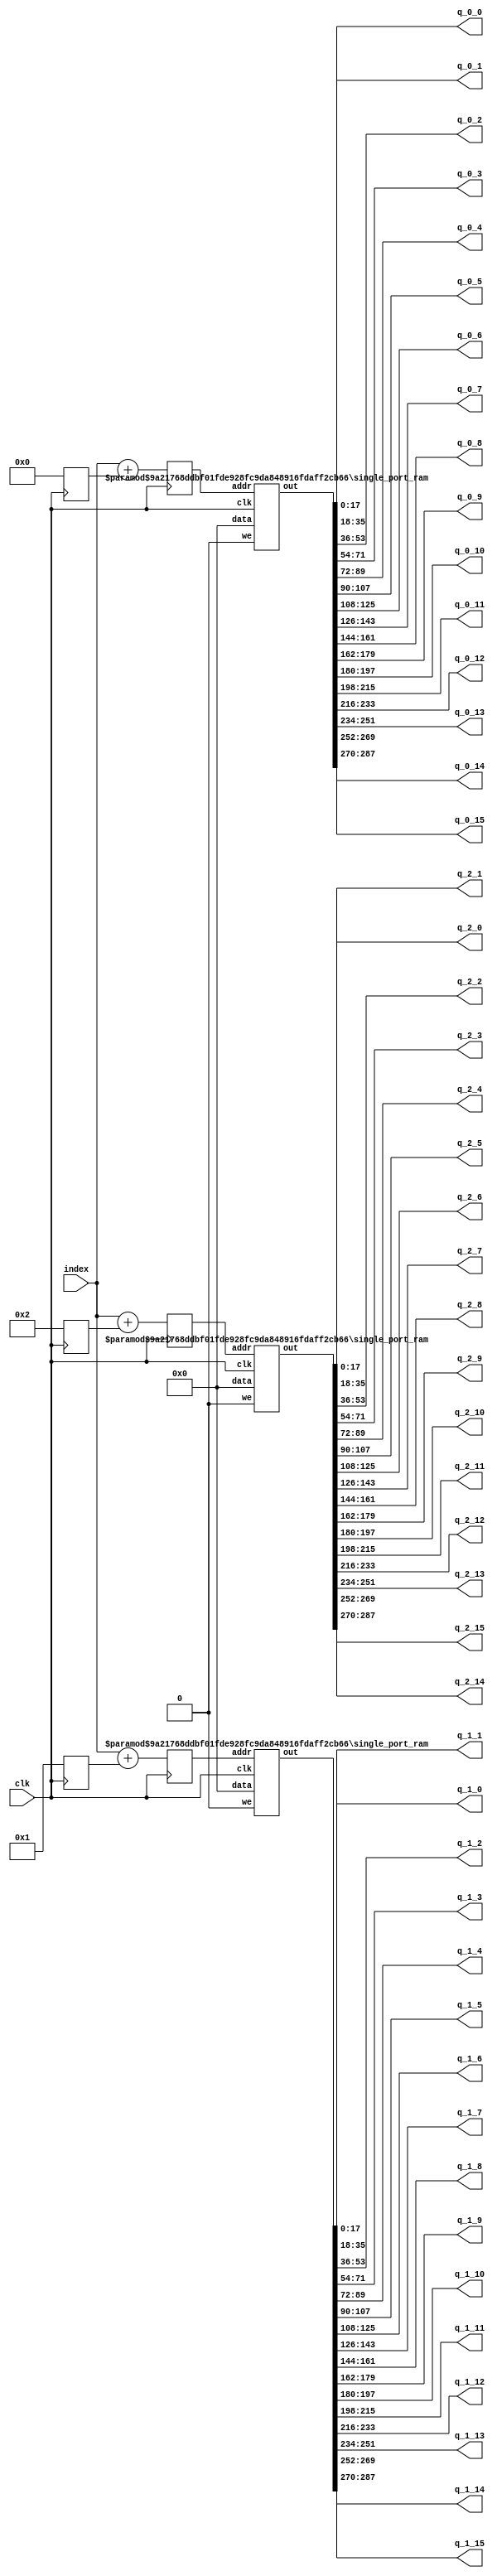
`define SIMULATION_MEMORY

module weight_buffer_18_16_3_64_bi_0 (
	input clk,
	output [17:0] q_0_0,
	output [17:0] q_0_1,
	output [17:0] q_0_2,
	output [17:0] q_0_3,
	output [17:0] q_0_4,
	output [17:0] q_0_5,
	output [17:0] q_0_6,
	output [17:0] q_0_7,
	output [17:0] q_0_8,
	output [17:0] q_0_9,
	output [17:0] q_0_10,
	output [17:0] q_0_11,
	output [17:0] q_0_12,
	output [17:0] q_0_13,
	output [17:0] q_0_14,
	output [17:0] q_0_15,
	output [17:0] q_1_0,
	output [17:0] q_1_1,
	output [17:0] q_1_2,
	output [17:0] q_1_3,
	output [17:0] q_1_4,
	output [17:0] q_1_5,
	output [17:0] q_1_6,
	output [17:0] q_1_7,
	output [17:0] q_1_8,
	output [17:0] q_1_9,
	output [17:0] q_1_10,
	output [17:0] q_1_11,
	output [17:0] q_1_12,
	output [17:0] q_1_13,
	output [17:0] q_1_14,
	output [17:0] q_1_15,
	output [17:0] q_2_0,
	output [17:0] q_2_1,
	output [17:0] q_2_2,
	output [17:0] q_2_3,
	output [17:0] q_2_4,
	output [17:0] q_2_5,
	output [17:0] q_2_6,
	output [17:0] q_2_7,
	output [17:0] q_2_8,
	output [17:0] q_2_9,
	output [17:0] q_2_10,
	output [17:0] q_2_11,
	output [17:0] q_2_12,
	output [17:0] q_2_13,
	output [17:0] q_2_14,
	output [17:0] q_2_15,
	input [5:0] index
);

wire [287:0] packed_result_0;
reg [5:0] addrs_0;
reg [5:0] addrs_base_0;
wire [287:0] packed_result_1;
reg [5:0] addrs_1;
reg [5:0] addrs_base_1;
wire [287:0] packed_result_2;
reg [5:0] addrs_2;
reg [5:0] addrs_base_2;

always @ (posedge clk) begin
	addrs_base_0 <= 0;
	addrs_base_1 <= 1;
	addrs_base_2 <= 2;
	addrs_0 <= index + addrs_base_0;
	addrs_1 <= index + addrs_base_1;
	addrs_2 <= index + addrs_base_2;
end

wire rom_we;
assign rom_we = 1'b0;

`ifdef SIMULATION_MEMORY 
defparam ram_inst_0.DATA_WIDTH = 288;
defparam ram_inst_0.ADDR_WIDTH = 6;
defparam ram_inst_1.DATA_WIDTH = 288;
defparam ram_inst_1.ADDR_WIDTH = 6;
defparam ram_inst_2.DATA_WIDTH = 288;
defparam ram_inst_2.ADDR_WIDTH = 6;
`endif
single_port_ram ram_inst_0 (
	.we(rom_we),
	.addr(addrs_0),
	.data(288'd0),
	.out(packed_result_0),
	.clk(clk)
);

single_port_ram ram_inst_1 (
	.we(rom_we),
	.addr(addrs_1),
	.data(288'd0),
	.out(packed_result_1),
	.clk(clk)
);

single_port_ram ram_inst_2 (
	.we(rom_we),
	.addr(addrs_2),
	.data(288'd0),
	.out(packed_result_2),
	.clk(clk)
);

// Unpack result
assign q_0_0 = packed_result_0[17:0];
assign q_0_1 = packed_result_0[35:18];
assign q_0_2 = packed_result_0[53:36];
assign q_0_3 = packed_result_0[71:54];
assign q_0_4 = packed_result_0[89:72];
assign q_0_5 = packed_result_0[107:90];
assign q_0_6 = packed_result_0[125:108];
assign q_0_7 = packed_result_0[143:126];
assign q_0_8 = packed_result_0[161:144];
assign q_0_9 = packed_result_0[179:162];
assign q_0_10 = packed_result_0[197:180];
assign q_0_11 = packed_result_0[215:198];
assign q_0_12 = packed_result_0[233:216];
assign q_0_13 = packed_result_0[251:234];
assign q_0_14 = packed_result_0[269:252];
assign q_0_15 = packed_result_0[287:270];
assign q_1_0 = packed_result_1[17:0];
assign q_1_1 = packed_result_1[35:18];
assign q_1_2 = packed_result_1[53:36];
assign q_1_3 = packed_result_1[71:54];
assign q_1_4 = packed_result_1[89:72];
assign q_1_5 = packed_result_1[107:90];
assign q_1_6 = packed_result_1[125:108];
assign q_1_7 = packed_result_1[143:126];
assign q_1_8 = packed_result_1[161:144];
assign q_1_9 = packed_result_1[179:162];
assign q_1_10 = packed_result_1[197:180];
assign q_1_11 = packed_result_1[215:198];
assign q_1_12 = packed_result_1[233:216];
assign q_1_13 = packed_result_1[251:234];
assign q_1_14 = packed_result_1[269:252];
assign q_1_15 = packed_result_1[287:270];
assign q_2_0 = packed_result_2[17:0];
assign q_2_1 = packed_result_2[35:18];
assign q_2_2 = packed_result_2[53:36];
assign q_2_3 = packed_result_2[71:54];
assign q_2_4 = packed_result_2[89:72];
assign q_2_5 = packed_result_2[107:90];
assign q_2_6 = packed_result_2[125:108];
assign q_2_7 = packed_result_2[143:126];
assign q_2_8 = packed_result_2[161:144];
assign q_2_9 = packed_result_2[179:162];
assign q_2_10 = packed_result_2[197:180];
assign q_2_11 = packed_result_2[215:198];
assign q_2_12 = packed_result_2[233:216];
assign q_2_13 = packed_result_2[251:234];
assign q_2_14 = packed_result_2[269:252];
assign q_2_15 = packed_result_2[287:270];

endmodule

module single_port_ram(
clk,
addr,
data,
we,
out
);

parameter DATA_WIDTH = 288;
parameter ADDR_WIDTH = 6;
input clk;
input [ADDR_WIDTH-1:0] addr;
input [DATA_WIDTH-1:0] data;
input we;
output reg [DATA_WIDTH-1:0] out;

reg [DATA_WIDTH-1:0] ram[ADDR_WIDTH-1:0];

always @(posedge clk) begin
  if (we) begin
    ram[addr] <= data;
  end
  else begin
    out <= ram[addr];
  end
end

endmodule